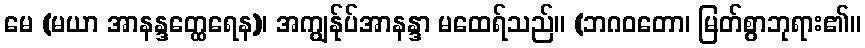
မေ (မယာ အာနန္ဒတ္ထေရေန)၊ အကျွန်ုပ်အာနန္ဒာ မထေရ်သည်။ (ဘဂဝတော၊ မြတ်စွာဘုရား၏။